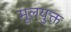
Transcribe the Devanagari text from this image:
मूलयुक्त